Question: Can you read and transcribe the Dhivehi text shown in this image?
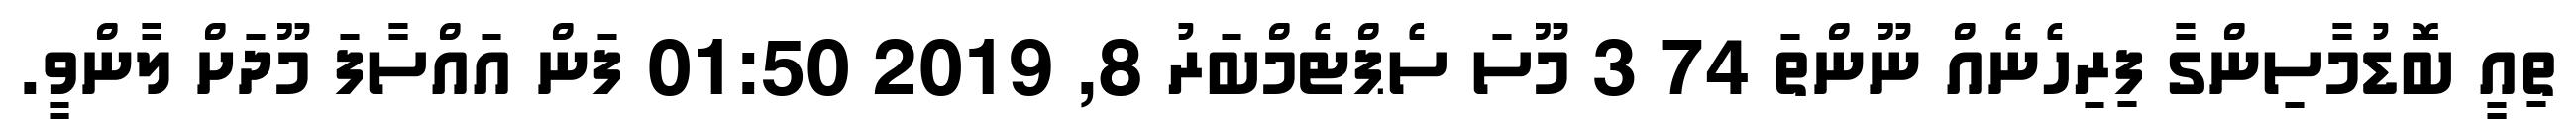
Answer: ތިއީ ބޮޑުމާސިންގާ ފިރިހެނެއް ނޫންތަ 74 3 މޫސަ ސެޕްޓެމްބަރު 8, 2019 01:50 ފަން އައްސާފަ މޫދަށް ލާންވީ.